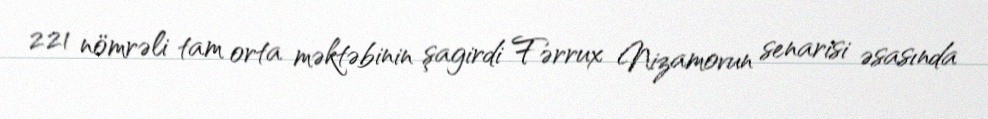
221 nömrəli tam orta məktəbinin şagirdi Fərrux Nizamovun senarisi əsasında